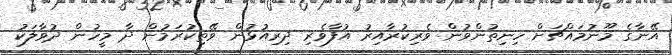
އޭނާގެ މޫނުމައްޗަށް ހިނިތުންވުން ވެރިކުރާއިރު އުފާވެރި ދިރިއުޅުން ވޭތިކުރަމުން ދާ މީހުން ދުވާލަކު